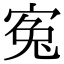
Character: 寃